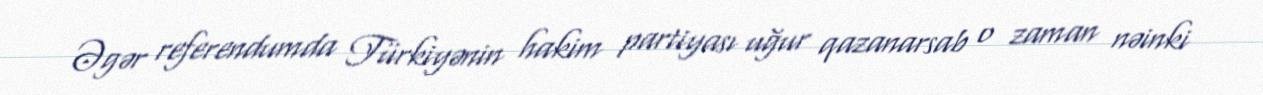
Əgər referendumda Türkiyənin hakim partiyası uğur qazanarsab o zaman nəinki